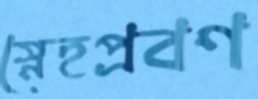
স্নেহপ্রবণ